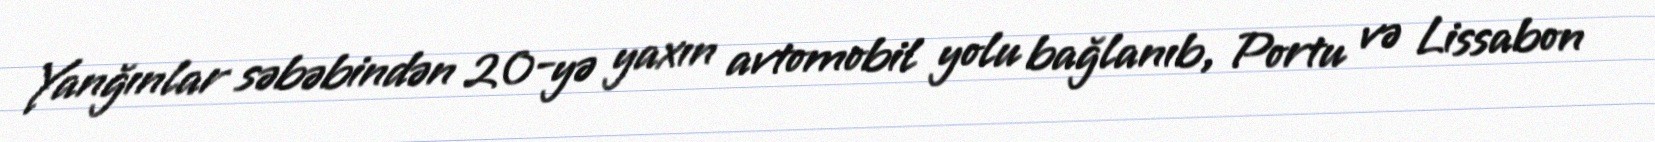
Yanğınlar səbəbindən 20-yə yaxın avtomobil yolu bağlanıb, Portu və Lissabon